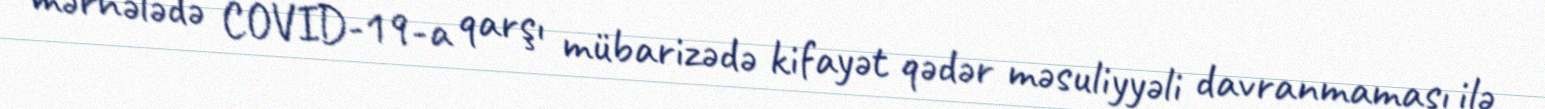
mərhələdə COVID-19-a qarşı mübarizədə kifayət qədər məsuliyyəli davranmaması ilə